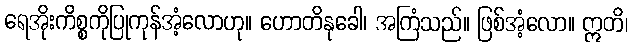
ရေအိုးကိစ္စကိုပြုကုန်အံ့လောဟု။ ဟောတိနုခေါ၊ အကြံသည်။ ဖြစ်အံ့လော။ ဣတိ၊